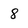
Character: 8